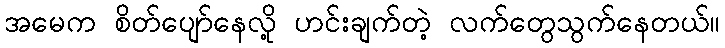
အမေက စိတ်ပျော်နေလို့ ဟင်းချက်တဲ့ လက်တွေသွက်နေတယ်။